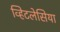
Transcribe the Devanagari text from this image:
व्हिटलेसिया